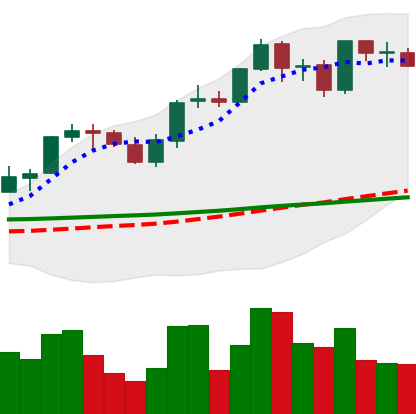
Ticker: ADA-USD
Chart end date: 2021-08-30
Forward return: 3.646%
Label: up_3_5